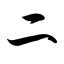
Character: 二